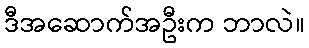
ဒီအဆောက်အဦးက ဘာလဲ။